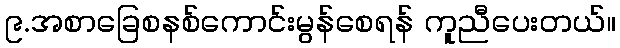
၉.အစာခြေစနစ်ကောင်းမွန်စေရန် ကူညီပေးတယ်။